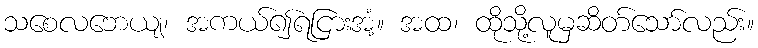
သစေလဘေယျ၊ အကယ်၍ရငြားအံ့။ အထ၊ ထိုသို့လူမှဆိတ်သော်လည်း။